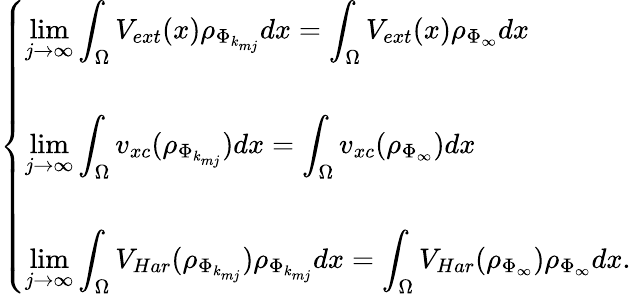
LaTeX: \left\{ \begin{array}{l}{\displaystyle\operatorname*{lim}_{j\rightarrow\infty}\int_{\Omega}V_{ext}(x)\rho_{\Phi_{k_{mj}}}dx=\int_{\Omega}V_{ext}(x)\rho_{\Phi_{\infty}}dx}\\ {\displaystyle}\\ {\displaystyle\operatorname*{lim}_{j\rightarrow\infty}\int_{\Omega}v_{xc}(\rho_{\Phi_{k_{mj}}})dx=\int_{\Omega}v_{xc}(\rho_{\Phi_{\infty}})dx}\\ {\displaystyle}\\ {\displaystyle\operatorname*{lim}_{j\rightarrow\infty}\int_{\Omega}V_{Har}(\rho_{\Phi_{k_{mj}}})\rho_{\Phi_{k_{mj}}}dx=\int_{\Omega}V_{Har}(\rho_{\Phi_{\infty}})\rho_{\Phi_{\infty}}dx.}\end{array}\right.